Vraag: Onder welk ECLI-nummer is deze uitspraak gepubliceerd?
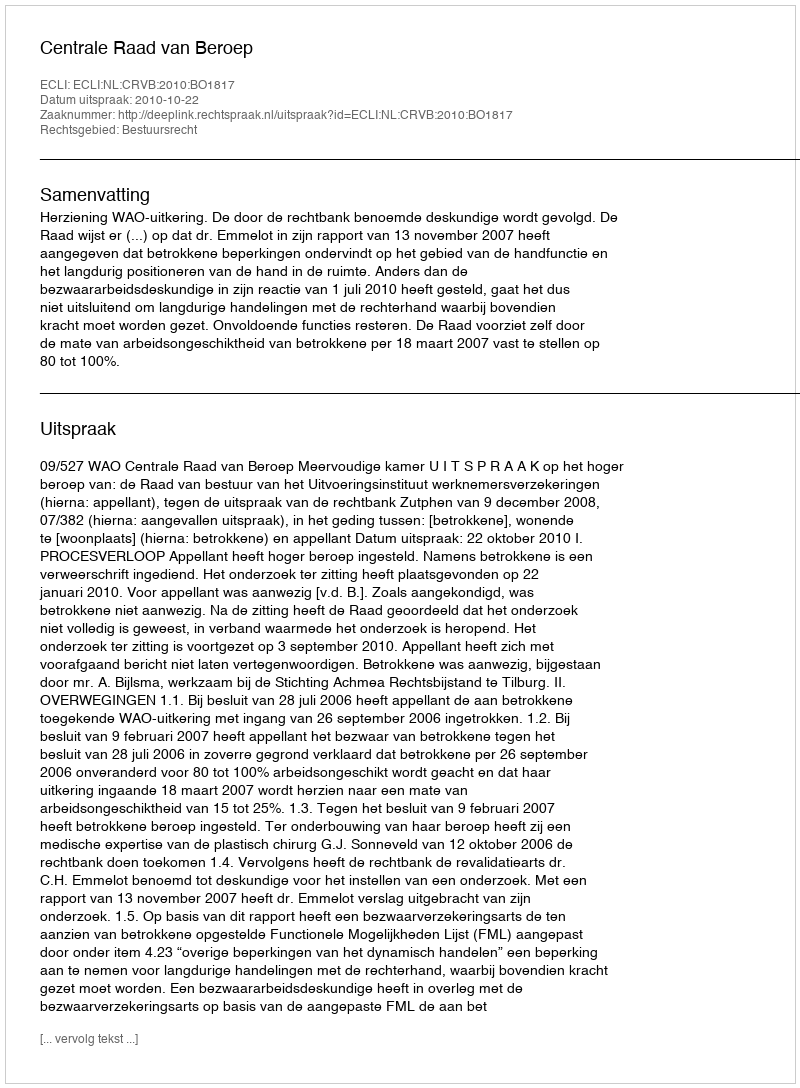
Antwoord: ECLI:NL:CRVB:2010:BO1817